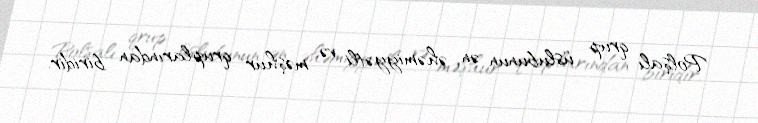
Polşalı qrup üslubunun ən əhəmiyyətli və məşhur qruplarından biridir.